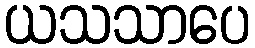
ယသသာပေ